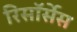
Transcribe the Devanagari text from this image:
रिसॉर्सेस